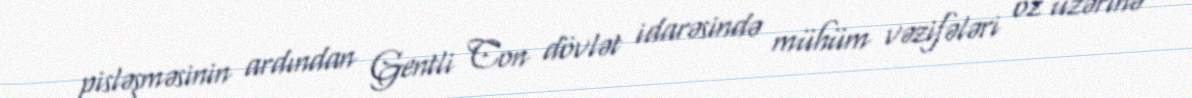
pisləşməsinin ardından Gentli Con dövlət idarəsində mühüm vəzifələri öz üzərinə